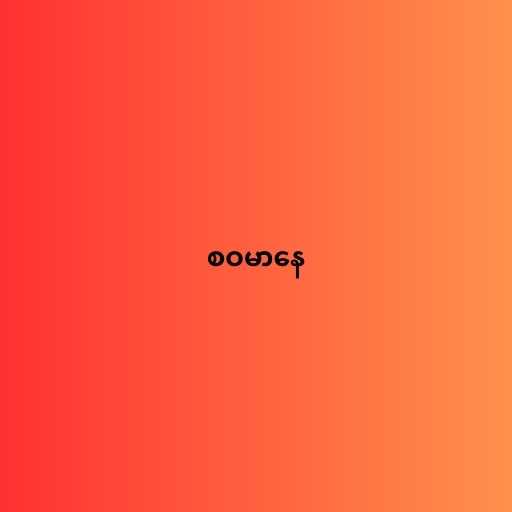
စဝမာနေ